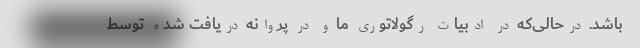
باشد. درحالی‌که در ادبیات رگولاتوری ما و در پروانه دریافت شده توسط